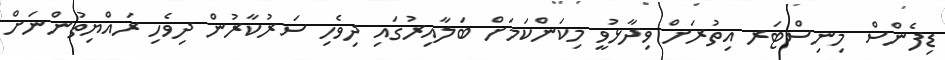
ޑިފެންސް މިނިސްޓަރ އިތުރަށް ވިދާޅުވީ މިކަންކަމަށް ބަލާއިރުގައި ދިވެހި ސަރުކާރުން ދިވެހި ރައްޔިތުންނަށް